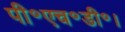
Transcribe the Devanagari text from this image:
पी॰एच॰डी॰।